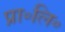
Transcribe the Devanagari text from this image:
प्रा॰लि॰